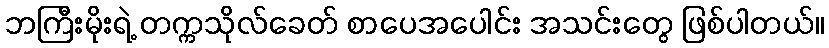
ဘကြီးမိုးရဲ့ တက္ကသိုလ်ခေတ် စာပေအပေါင်း အသင်းတွေ ဖြစ်ပါတယ်။